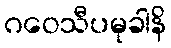
ဂဝေသီပမုခါနိ